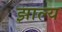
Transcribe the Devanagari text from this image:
झाल्य